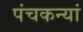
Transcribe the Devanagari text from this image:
पंचकन्यां